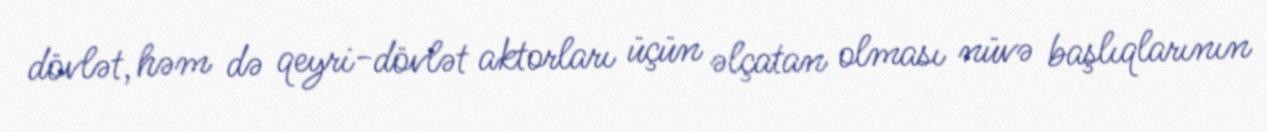
dövlət, həm də qeyri-dövlət aktorları üçün əlçatan olması nüvə başlıqlarının